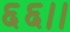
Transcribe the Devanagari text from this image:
६६।।